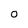
Character: 0